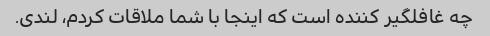
چه غافلگیر کننده است که اینجا با شما ملاقات کردم، لندی.